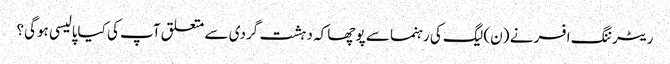
ریٹرننگ افسر نے (ن) لیگ کی رہنما سے پوچھا کہ دہشت گردی سے متعلق آپ کی کیاپالیسی ہوگی؟